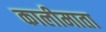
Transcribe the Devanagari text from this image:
कालीमाता